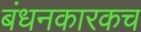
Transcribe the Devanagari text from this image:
बंधनकारकच